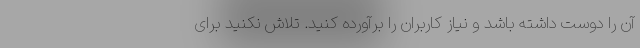
آن را دوست داشته باشد و نیاز کاربران را برآورده کنید. تلاش نکنید برای